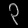
Digit: ၃